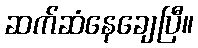
ဆက်ဆံနေချေပြီ။